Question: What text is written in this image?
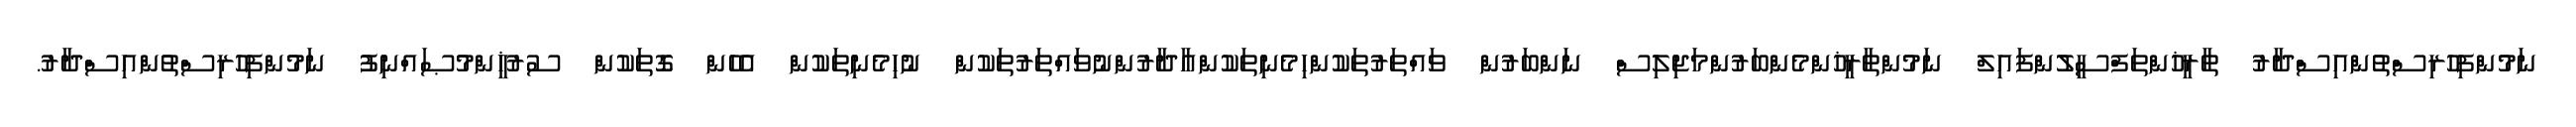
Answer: ނަމުންފިހުރިސްތުންއިސްދާރު ތާރީޚުންތަފްސީލުންފައިލް ނަމުންތާރީޚުންމެންބަރުންމަޖިލިސް ނަންބަރުން ވައްތަރުތަކުންހިމެނިތަކުންއާދާރުންނުވައްތަރުތަކުން ނުހިމެނިތަކުން އެހެން ގޮތަކުން ސުރުޚީންމުޞައްނިފު ނަމުންފިހުރިސްތުންއިސްދާރު.